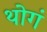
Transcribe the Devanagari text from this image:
थोगं